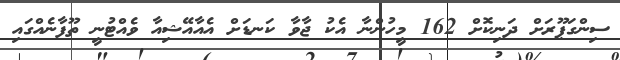
ސިންގަޕޫރަށް ދަނިކޮށް 162 މީހުންނާ އެކު ޖާވާ ކަނޑަށް އެއާއޭޝިއާ ވެއްޓުނީ ތޫފާނެއްގައި